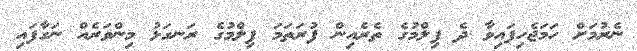
ނެރުމަށް ހަމަޖެހިފައިވާ ދެ ފިލްމުގެ ތެރެއިން ފުރަތަމަ ފިލްމުގެ ރަނގަޅު މިންވަރެއް ނަގާފައި